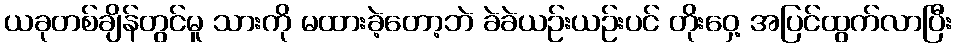
ယခုတစ်ချိန်တွင်မူ သားကို မထားခဲ့တော့ဘဲ ခဲခဲယဉ်းယဉ်းပင် တိုးဝှေ့ အပြင်ထွက်လာပြီး